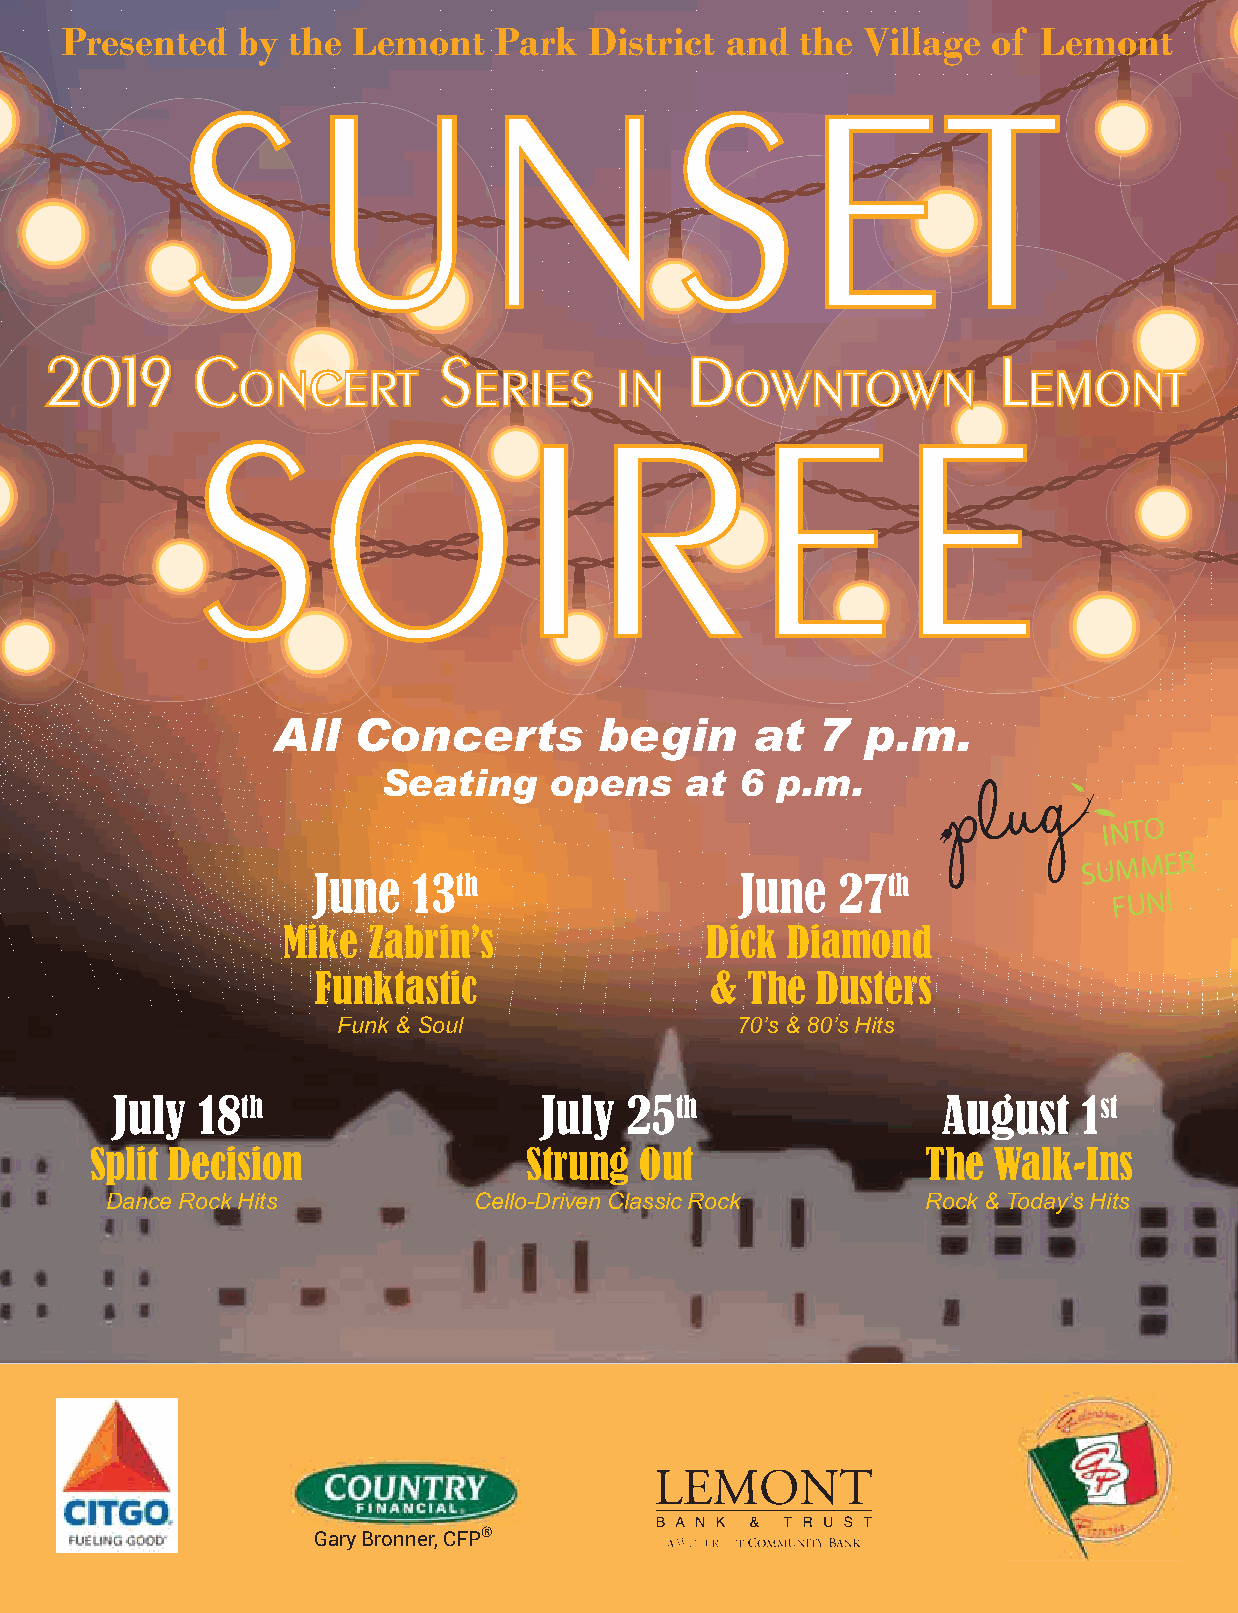
PresentSed  by thUe LemontN  Park  DistriSct and tEhe VillagTe of Lemont
 2019      C               S               D                    L
 SONCOERT          ERIIESRIN         OEWNTOEWN          EMONT
 All  Concerts         begin     at  7  p.m.
 Seating    opens    at  6 p.m.
 INTO
 SUMMER
 June  13th                  June  27th
 F U N !
 Mike Zabrin’s               Dick Diamond
 Funktastic                & The  Dusters
 Funk & Soul                70’s & 80’s Hits
 July  18th                   July 25th                 August    1st
 Split Decision               Strung Out                The  Walk-Ins
 Dance Rock Hits         Cello-Driven Classic Rock     Rock & Today’s Hits
 Gary Bronner, CFP®